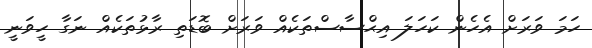
ހަމަ ވަރަށް އެހެން ކަހަލަ އިޙްސާސްތަކެއް ވަރަށް ބޮޑަތި ރާޅުތަކެއް ނަގާ ހީވަނީ